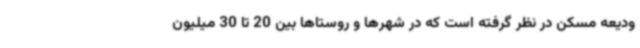
ودیعه مسکن در نظر گرفته است که در شهرها و روستاها بین 20 تا 30 میلیون